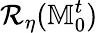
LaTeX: \mathcal{R}_{\eta}(\mathbb{M}_{0}^{t})